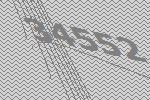
34552